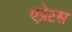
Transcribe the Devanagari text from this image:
एप्रेटस